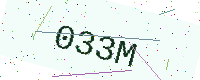
Text: 033M